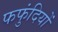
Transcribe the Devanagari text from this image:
फफुंदियों